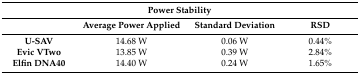
<table><thead><tr><td colspan="4"><b>Power Stability</b></td></tr><tr><td></td><td><b>Average Power Applied</b></td><td><b>Standard Deviation</b></td><td><b>RSD</b></td></tr></thead><tbody><tr><td><b>U-SAV</b></td><td>14.68 W</td><td>0.06 W</td><td>0.44%</td></tr><tr><td><b>Evic VTwo</b></td><td>13.85 W</td><td>0.39 W</td><td>2.84%</td></tr><tr><td><b>Elfin DNA40</b></td><td>14.40 W</td><td>0.24 W</td><td>1.65%</td></tr></tbody></table>